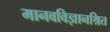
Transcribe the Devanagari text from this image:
मानवविज्ञानश्रित